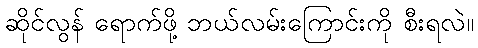
ဆိုင်လွန် ရောက်ဖို့ ဘယ်လမ်းကြောင်းကို စီးရလဲ။